Annual administration and progress report of the Indian Medical Department, Bombay
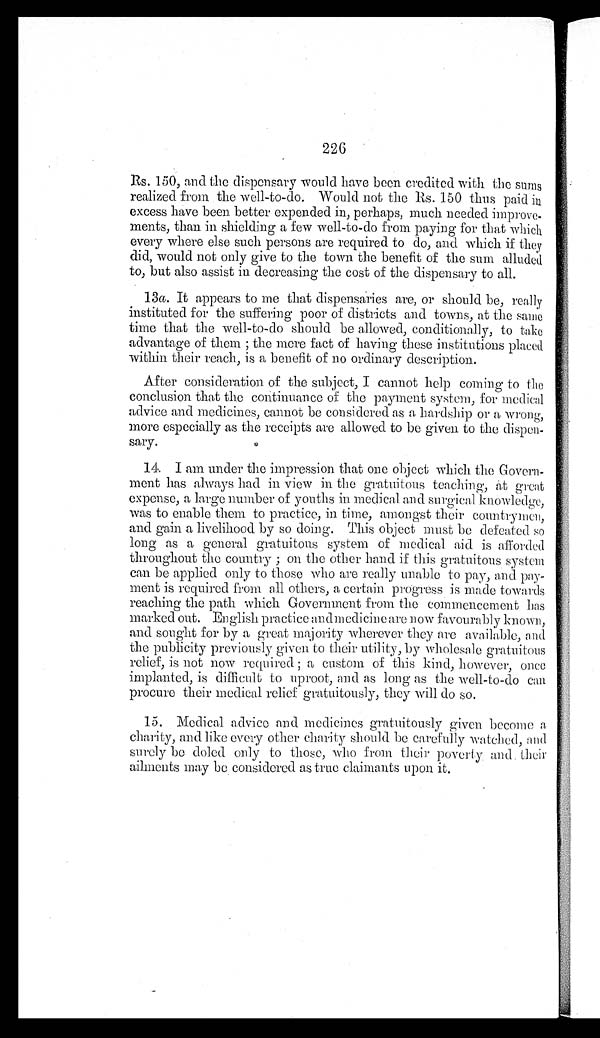
226
Rs. 150, and the dispensary would have been credited with the sums
realized from the well-to-do. Would not the Rs. 150 thus paid in
excess have been better expended in, perhaps, much needed improve-
ments, than in shielding a few well-to-do from paying for that which
every where else such persons are required to do, and which if they
did, would not only give to the town the benefit of the sum alluded
to, but also assist in decreasing the cost of the dispensary to all.
13a. It appears to me that dispensaries are, or should be, really
instituted for the suffering poor of districts and towns, at the same
time that the well-to-do should be allowed, conditionally, to take
advantage of them ; the mere fact of having these institutions placed
within their reach, is a benefit of no ordinary description.
After consideration of the subject, I cannot help coming to the
conclusion that the continuance of the payment system, for medical
advice and medicines, cannot be considered as a hardship or a wrong,
more especially as the receipts are allowed to be given to the dispen-
sary.
14. I am under the impression that one object which the Govern-
ment has always had in view in the gratuitous teaching, at great
expense, a large number of youths in medical and surgical knowledge,
was to enable them to practice, in time, amongst their countrymen,
and gain a livelihood by so doing. This object must be defeated so
long as a general gratuitous system of medical aid is afforded
throughout the country ; on the other hand if this gratuitous system
can be applied only to those who are really unable to pay, and pay
- m e n t i s r e q u i r e d f r o m a l l o t h e r s , a c e r t a i n p r o g r e s s i s m a d e t o w a r d s
reaching the path which Government from the commencement has
marked out. En glish practice and medicine are now Favourably known,
and sought for by a great majority wherever they are available, and
the publicity previously given to their utility, by wholesale gratuitous
relief, is not now required ; a custom of this kind, however, once
implanted, is difficult to uproot, and as long as the well-to-do can
procure their medical relief gratuitously, they will do so.
15. Medical advice and medicines gratuitously given become a
charity, and like every other charity should be carefully watched, and
surely be doled only to those, who from their poverty, and, their
ailments may be considered as true claimants upon it.